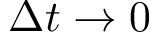
\Delta t \to 0